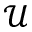
\mathcal { U }